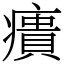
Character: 㿉